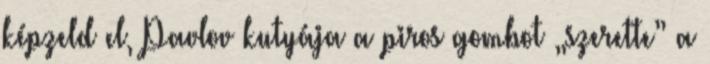
képzeld el, Pavlov kutyája a piros gombot „szerette” a